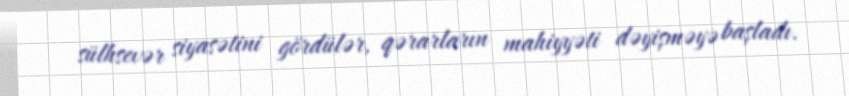
sülhsevər siyasətini gördülər, qərarların mahiyyəti dəyişməyə başladı.